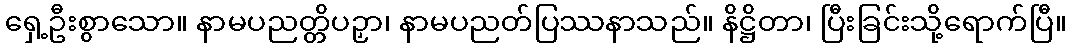
ရှေ့ဦးစွာသော။ နာမပညတ္တိပဉှာ၊ နာမပညတ်ပြဿနာသည်။ နိဋ္ဌိတာ၊ ပြီးခြင်းသို့ရောက်ပြီ။